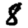
Digit: 8